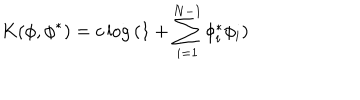
K ( \phi , \phi ^ { * } ) = c \log { ( 1 + \sum _ { i = 1 } ^ { N - 1 } \phi _ { i } ^ { * } \phi _ { i } ) }